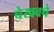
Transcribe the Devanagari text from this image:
चेखवचे